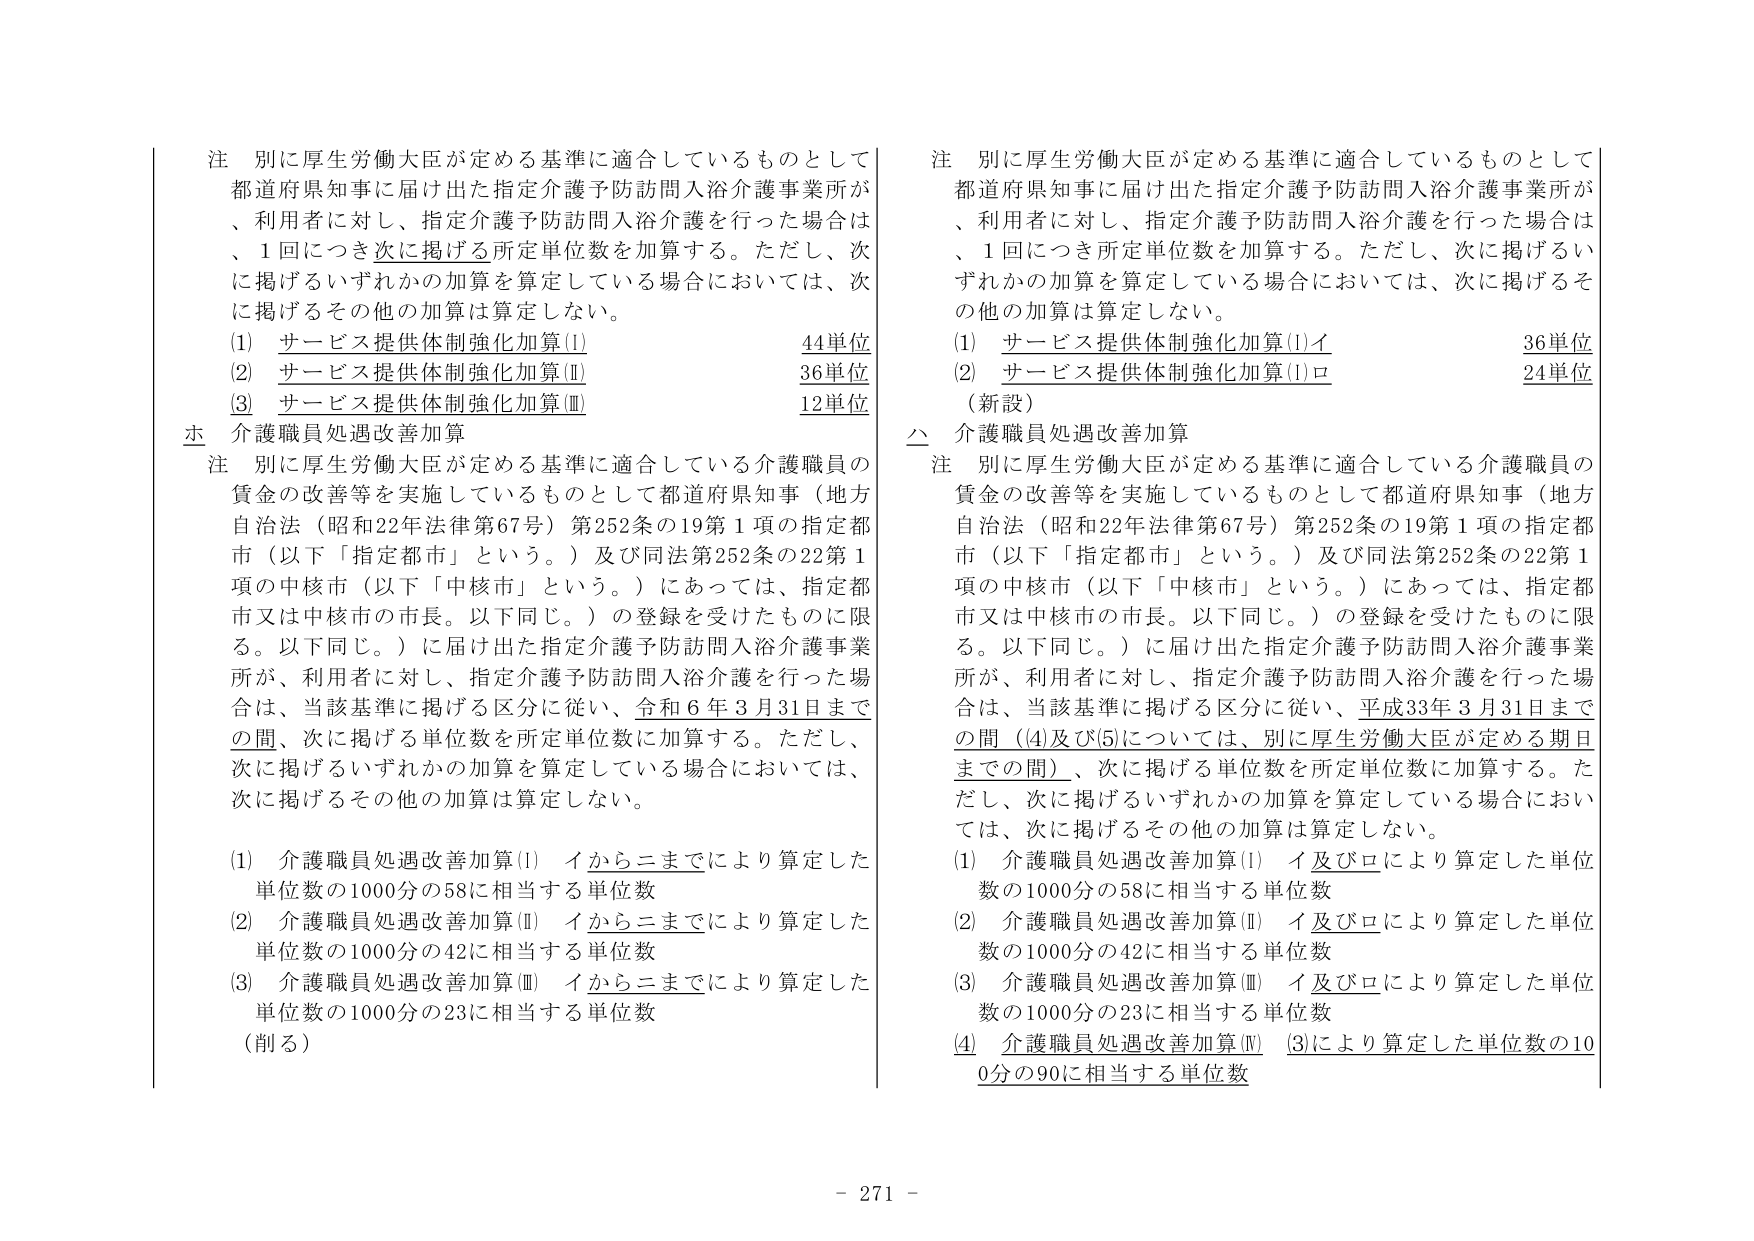
注 別に厚生労働大臣が定める基準に適合しているものとして
都道府県知事に届け出た指定介護予防訪問入浴介護事業所が
、利用者に対し、指定介護予防訪問入浴介護を行った場合は
、1回につき次に掲げる所定単位数を加算する。ただし、次
に掲げるいずれかの加算を算定している場合においては、次
に掲げるその他の加算は算定しない。
(1) サービス提供体制強化加算(I) 44単位
(2) サービス提供体制強化加算(II) 36単位
(3) サービス提供体制強化加算(III) 12単位

ホ 介護職員処遇改善加算
注 別に厚生労働大臣が定める基準に適合している介護職員の
賃金の改善等を実施しているものとして都道府県知事（地方
自治法（昭和22年法律第67号）第252条の19第1項の指定都
市（以下「指定都市」という。）及び同法第252条の22第1
項の中核市（以下「中核市」という。）にあっては、指定都
市又は中核市の市長。以下同じ。）の登録を受けたものに限
る。以下同じ。）に届け出た指定介護予防訪問入浴介護事業
所が、利用者に対し、指定介護予防訪問入浴介護を行った場
合は、当該基準に掲げる区分に従い、令和6年3月31日まで
の間、次に掲げる単位数を所定単位数に加算する。ただし、
次に掲げるいずれかの加算を算定している場合においては、
次に掲げるその他の加算は算定しない。
(1) 介護職員処遇改善加算(I) イからニまでにより算定した
単位数の1000分の58に相当する単位数
(2) 介護職員処遇改善加算(II) イからニまでにより算定した
単位数の1000分の42に相当する単位数
(3) 介護職員処遇改善加算(III) イからニまでにより算定した
単位数の1000分の23に相当する単位数
（削る）

注 別に厚生労働大臣が定める基準に適合しているものとして
都道府県知事に届け出た指定介護予防訪問入浴介護事業所が
、利用者に対し、指定介護予防訪問入浴介護を行った場合は
、1回につき所定単位数を加算する。ただし、次に掲げるい
ずれかの加算を算定している場合においては、次に掲げるそ
の他の加算は算定しない。
(1) サービス提供体制強化加算(I)イ 36単位
(2) サービス提供体制強化加算(I)ロ 24単位
（新設）
△ 介護職員処遇改善加算
注 別に厚生労働大臣が定める基準に適合している介護職員の
賃金の改善等を実施しているものとして都道府県知事（地方
自治法（昭和22年法律第67号）第252条の19第1項の指定都
市（以下「指定都市」という。）及び同法第252条の22第1
項の中核市（以下「中核市」という。）にあっては、指定都
市又は中核市の市長。以下同じ。）の登録を受けたものに限
る。以下同じ。）に届け出た指定介護予防訪問入浴介護事業
所が、利用者に対し、指定介護予防訪問入浴介護を行った場
合は、当該基準に掲げる区分に従い、平成33年3月31日まで
の間（(4)及び(5)については、別に厚生労働大臣が定める期日
までの間）、次に掲げる単位数を所定単位数に加算する。た
だし、次に掲げるいずれかの加算を算定している場合におい
ては、次に掲げるその他の加算は算定しない。
(1) 介護職員処遇改善加算(I) イ及びロにより算定した単位
数の1000分の58に相当する単位数
(2) 介護職員処遇改善加算(II) イ及びロにより算定した単位
数の1000分の42に相当する単位数
(3) 介護職員処遇改善加算(III) イ及びロにより算定した単位
数の1000分の23に相当する単位数
(4) 介護職員処遇改善加算(IV) (3)により算定した単位数の10
0分の90に相当する単位数

- 271 -